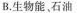
B.生物能，石油